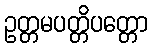
ဥတ္တမပတ္တိပတ္တော